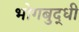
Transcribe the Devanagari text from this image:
भोगबुद्धी